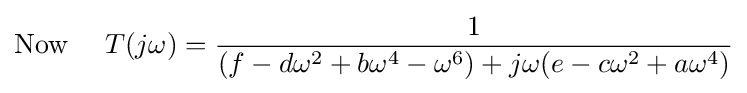
{\text{Now }}\quad T(j\omega )={\frac {1}{(f-d\omega ^{2}+b\omega ^{4}-\omega ^{6})+j\omega (e-c\omega ^{2}+a\omega ^{4})}}